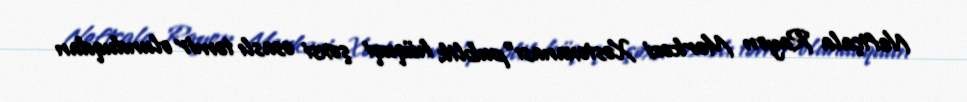
Neftçala Rayon Mərkəzi Xəstəxanası"publik hüquqi şəxsi əsaslı təmir olunduqdan